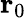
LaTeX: \mathbf{r}_{0}